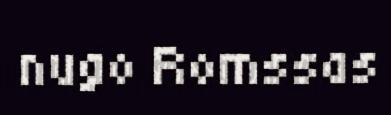
nugo Romssas